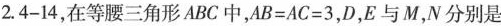
2.4-14，在等腰三角形ABC中，$$A B = A C = 3$$，D，E与M，N分别是